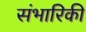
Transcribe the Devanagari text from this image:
संभारिकी